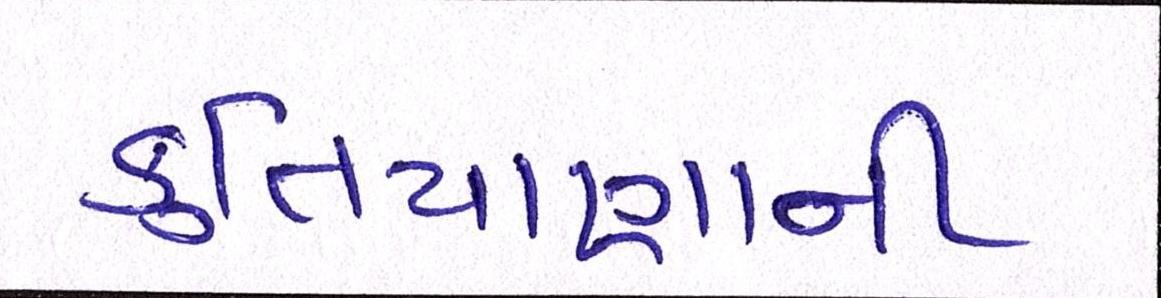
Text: કુતિયાણાની